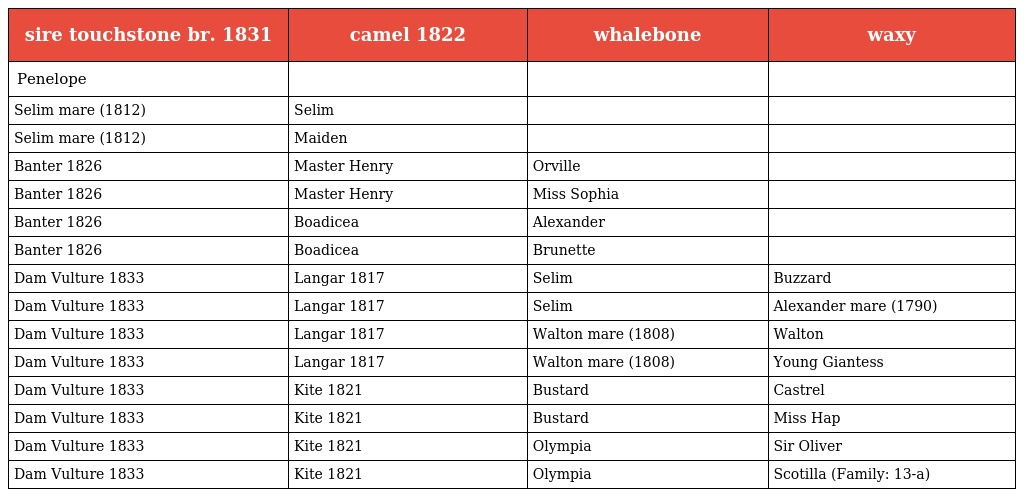
| sire touchstone br. 1831 | camel 1822 | whalebone | waxy |
 | --- | --- | --- | --- |
 | Penelope |  |  |  |
 | Selim mare (1812) | Selim |  |  |
 | Selim mare (1812) | Maiden |  |  |
 | Banter 1826 | Master Henry | Orville |  |
 | Banter 1826 | Master Henry | Miss Sophia |  |
 | Banter 1826 | Boadicea | Alexander |  |
 | Banter 1826 | Boadicea | Brunette |  |
 | Dam Vulture 1833 | Langar 1817 | Selim | Buzzard |
 | Dam Vulture 1833 | Langar 1817 | Selim | Alexander mare (1790) |
 | Dam Vulture 1833 | Langar 1817 | Walton mare (1808) | Walton |
 | Dam Vulture 1833 | Langar 1817 | Walton mare (1808) | Young Giantess |
 | Dam Vulture 1833 | Kite 1821 | Bustard | Castrel |
 | Dam Vulture 1833 | Kite 1821 | Bustard | Miss Hap |
 | Dam Vulture 1833 | Kite 1821 | Olympia | Sir Oliver |
 | Dam Vulture 1833 | Kite 1821 | Olympia | Scotilla (Family: 13-a) |